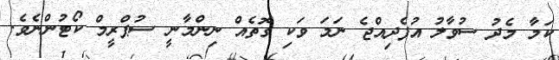
ކަމާ މެދު ސުވާލު އުފެދިއްޖެ ނަމަ ވަކި ގޮތެއް ނިންމާނީ ސުޕްރީމް ކޯޓުންނެވެ.